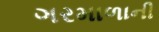
ગરમાળાની